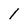
Character: 1